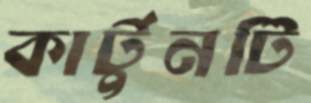
কার্টুনটি